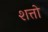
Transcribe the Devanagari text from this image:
शत्तो